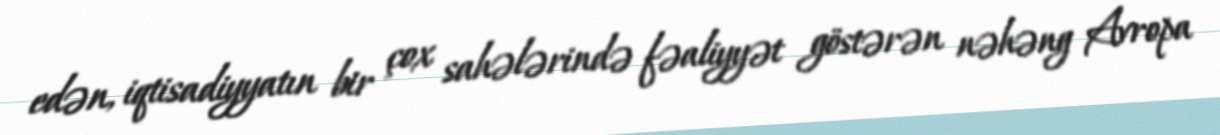
edən, iqtisadiyyatın bir çox sahələrində fəaliyyət göstərən nəhəng Avropa